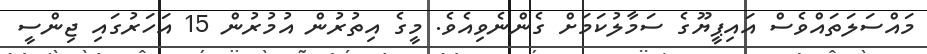
މައްސަލަތައްވެސް އައިޕީޔޫގެ ސަމާލުކަމަށް ގެންނެވިއެވެ. މީގެ އިތުރުން އުމުރުން 15 އަހަރުގައި ޖިންސީ